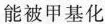
能被甲基化